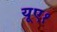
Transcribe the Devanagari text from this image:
यूए१